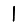
Digit: 1